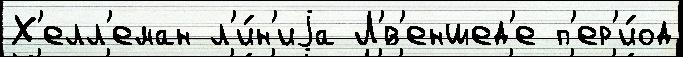
Х'елл'еман л'и́н'иjа Л'́в'еншед'е п'ер'и́од